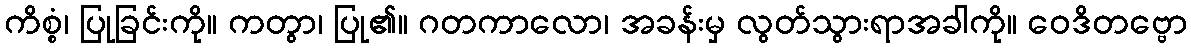
ကိစ္စံ၊ ပြုခြင်းကို။ ကတွာ၊ ပြု၏။ ဂတကာလော၊ အခန်းမှ လွတ်သွားရာအခါကို။ ဝေဒိတဗ္ဗော